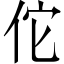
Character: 佗